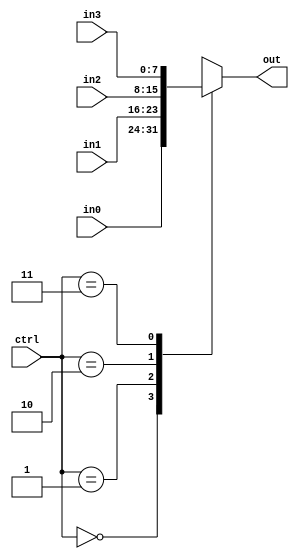
module multiplexer (
    input [7:0] in0,
    input [7:0] in1,
    input [7:0] in2,
    input [7:0] in3,
    input [1:0] ctrl,
    output reg [7:0] out
);

always @(*) begin
    case(ctrl)
        2'b00 : out = in0;
        2'b01 : out = in1;
        2'b10 : out = in2;
        2'b11 : out = in3;
    endcase
end

endmodule